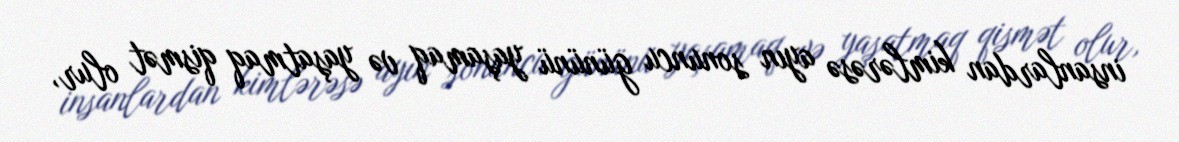
insanlardan kimlərəsə ayın sonuncu gününü yaşamaq və yaşatmaq qismət olur,